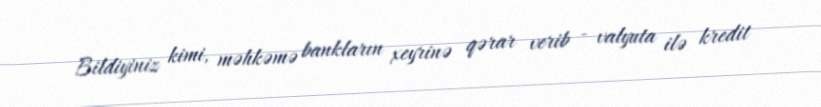
Bildiyiniz kimi, məhkəmə bankların xeyrinə qərar verib - valyuta ilə kredit